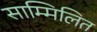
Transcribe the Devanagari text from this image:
साम्मिलित